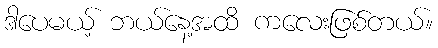
ဒါပေမယ့် ဘယ်နေ့အထိ ကလေးဖြစ်တယ်။